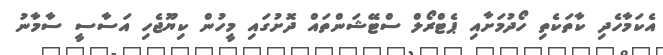
އެކަމާހެދި ކާތަކެތި ހޯދުމަށާއި ޕެޓްރޯލް ސްޓޭޝަންތައް ދޮށުގައި މީހުން ކިޔޫޖެހި އަސާސީ ސާމާނު